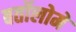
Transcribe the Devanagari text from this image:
बर्तोलोमे